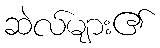
ဆဲလ်များ၏